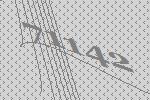
71142